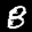
Label: 8